Cultivation of the bacillus of leprosy and the treatment of cases by means of a vaccine prepared from the cultivations - Number 42
Disease focus: Leprosy
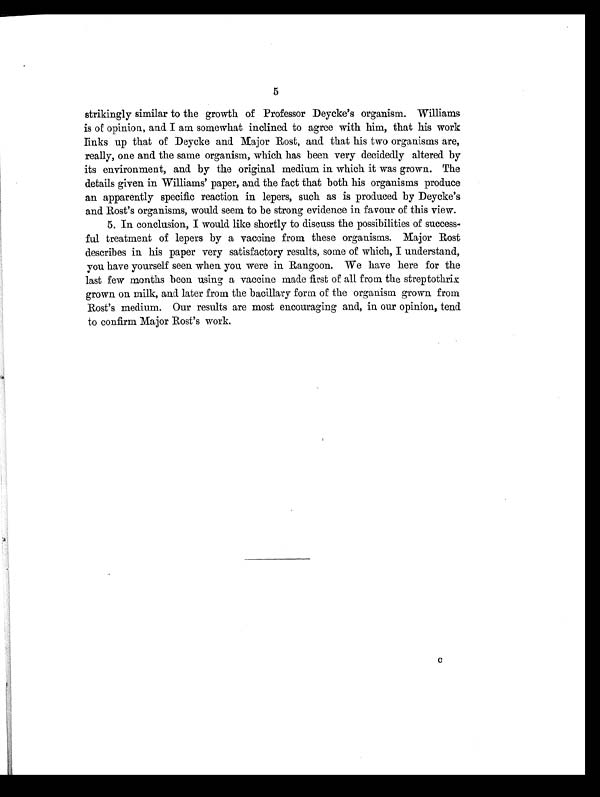
5
strikingly similar to the growth of Professor Deycke's organism. Williams
is of opinion, and I am somewhat inclined to agree with him, that his work
links up that of Deycke and Major Rost, and that his two organisms are,
really, one and the same organism, which has been very decidedly altered by
its environment, and by the original medium in which it was grown. The
details given in Williams' paper, and the fact that both his organisms produce
an apparently specific reaction in lepers, such as is produced by Deycke's
and Rost's organisms, would seem to be strong evidence in favour of this view.
5. In conclusion, I would like shortly to discuss the possibilities of success-
ful treatment of lepers by a vaccine from these organisms. Major Rost
describes in his paper very satisfactory results, some of which, I understand,
you have yourself seen when you were in Rangoon. We have here for the
last few months been using a vaccine made first of all from the streptothrix
grown on milk, and later from the bacillary form of the organism grown from
Rost's medium. Our results are most encouraging and, in our opinion, tend
to confirm Major Rost's work.
C